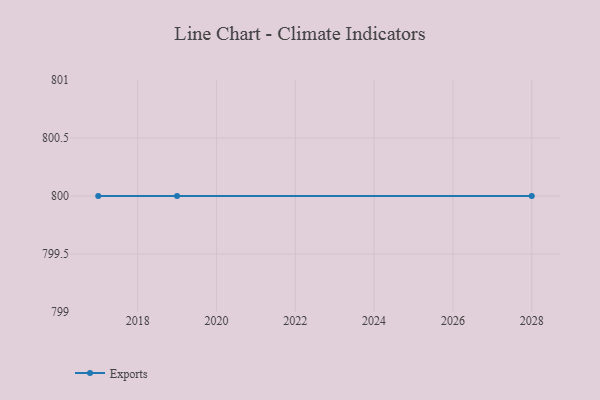
{"axis": {"x": "Year", "y": "Revenue (USD Million)"}, "legend": ["Exports"], "data": [{"x": "2019", "y": 800, "type": "Exports"}, {"x": "2028", "y": 800, "type": "Exports"}, {"x": "2017", "y": 800, "type": "Exports"}]}